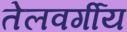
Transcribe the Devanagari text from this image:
तेलवर्गीय